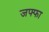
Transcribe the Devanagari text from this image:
जफ्फा